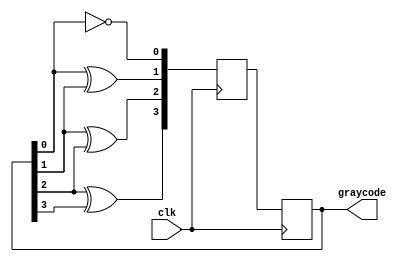
module GrayCodeCounter(
    input wire clk,
    output reg [3:0] graycode
);

reg [3:0] next_graycode;

always @ (posedge clk) begin
    next_graycode[0] <= ~graycode[0];
    next_graycode[1] <= graycode[0] ^ graycode[1];
    next_graycode[2] <= graycode[1] ^ graycode[2];
    next_graycode[3] <= graycode[2] ^ graycode[3];
    
    graycode <= next_graycode;
end

endmodule